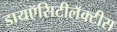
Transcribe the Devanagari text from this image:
डायऍसिटीलॅक्‍टीस